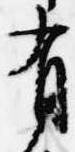
有